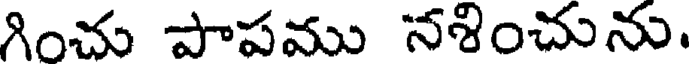
గించు పాపము నశించును.